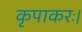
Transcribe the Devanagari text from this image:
कृपाकरः।